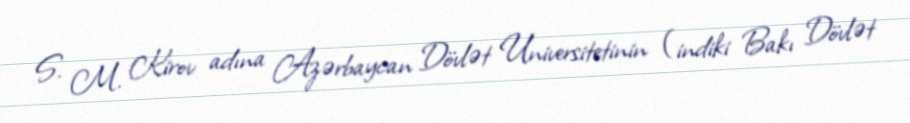
S. M. Kirov adına Azərbaycan Dövlət Universitetinin (indiki Bakı Dövlət